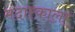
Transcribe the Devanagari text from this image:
मंदारकाला